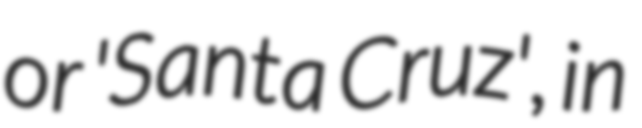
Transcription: or 'Santa Cruz', in